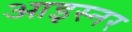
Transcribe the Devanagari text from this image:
आइस्नर